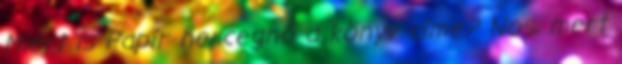
Miért is Papír hercegnő a könyv címe? Nos, mert